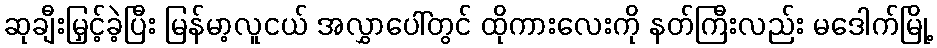
ဆုချီးမြှင့်ခဲ့ပြီး မြန်မာ့လူငယ် အလွှာပေါ်တွင် ထိုကားလေးကို နတ်ကြီးလည်း မဒေါက်မြို့